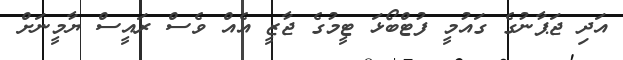
އަދި ޖަޕާނުގެ ގައުމީ ފުޓްބޯޅަ ޓީމުގެ ޖާޒީ އެއް ވެސް ރައީސް ޔާމީނަށް